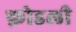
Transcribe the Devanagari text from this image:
फ़ोडली